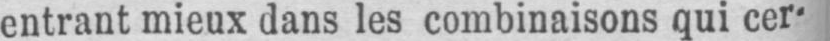
entrant mieux dans les combinaisons qui cer-